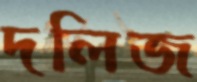
দলিজ